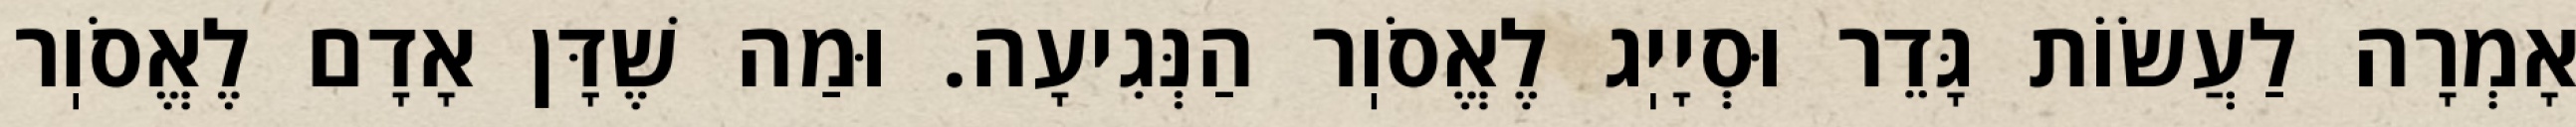
אָמְרָה לַעֲשׂוֹת גָּדֵר וּסְיָיֽג לֶאֱסֹוֽר הַנְּגִיעָה. וּמַה שֶׁדָּן אָדָם לֶאֱסֹוֽר